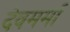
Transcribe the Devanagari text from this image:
देवमर्मा